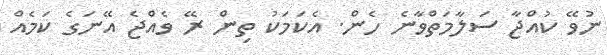
ނުވޭ ކުއްޖާ ސަލާމަތްވާނެ ހެން. އެކަމަކު ތިން ރޭ ވެއްޖެ އޭނަގެ ކަމެއް